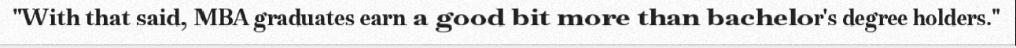
"With that said, MBA graduates earn a good bit more than bachelor's degree holders."